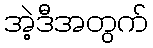
အဲ့ဒီအတွက်